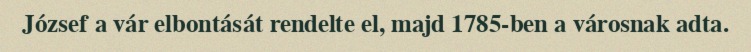
József a vár elbontását rendelte el, majd 1785-ben a városnak adta.